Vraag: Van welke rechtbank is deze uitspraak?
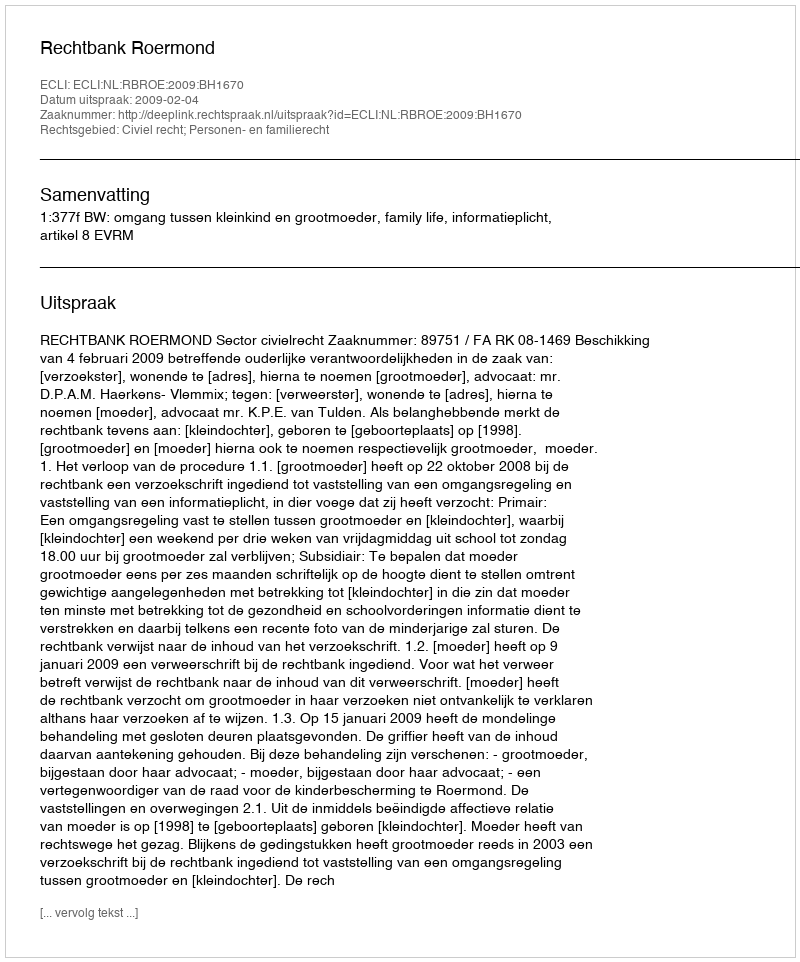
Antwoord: Rechtbank Roermond